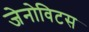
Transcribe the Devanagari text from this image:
जेनोविटस